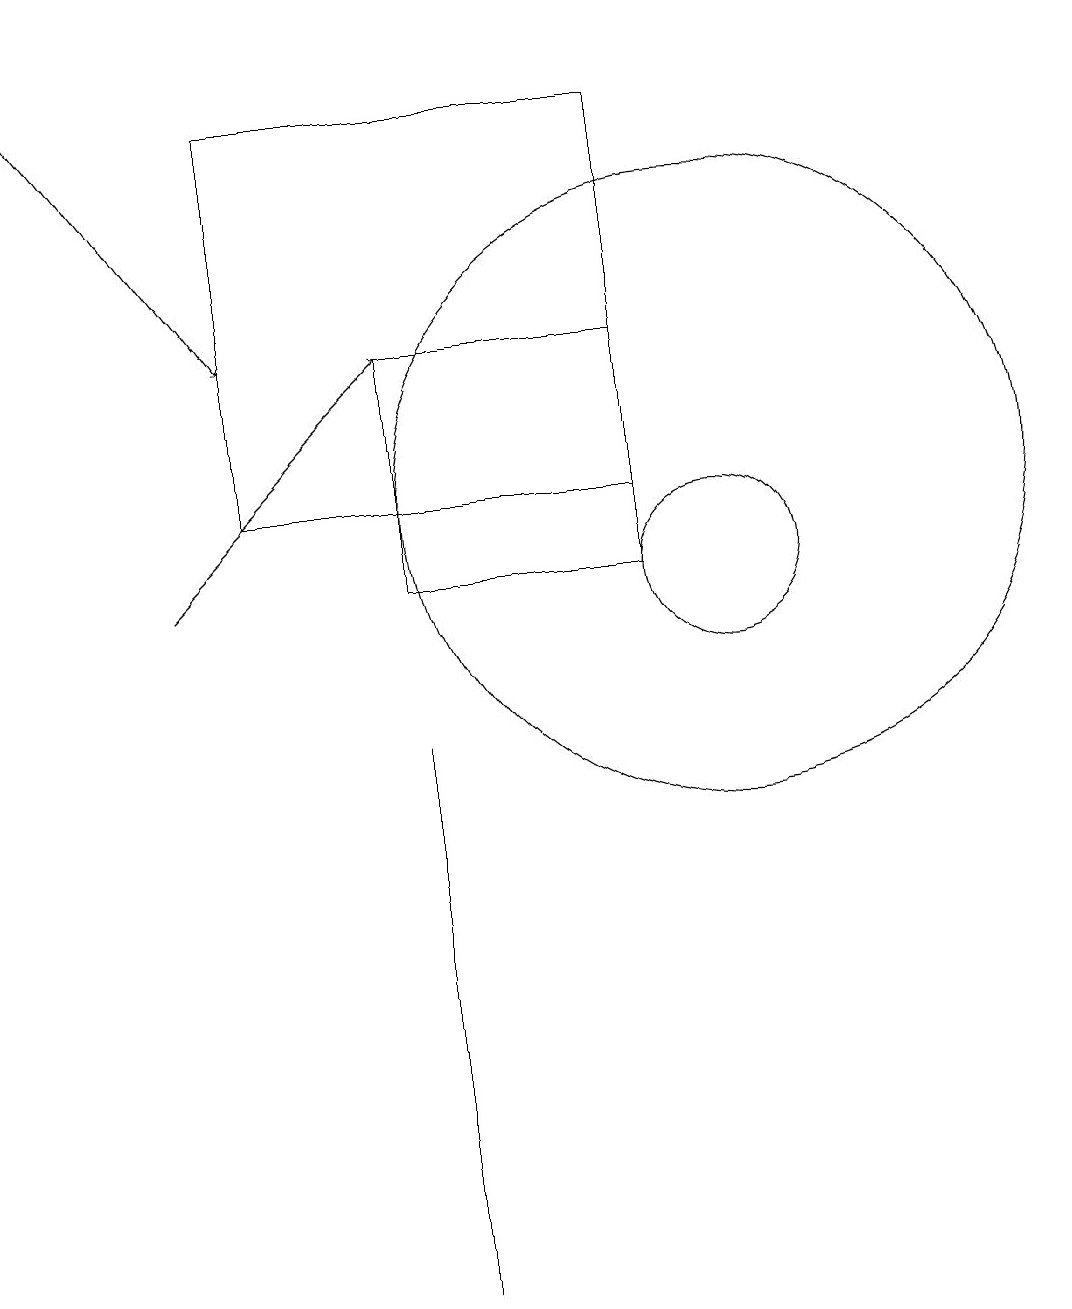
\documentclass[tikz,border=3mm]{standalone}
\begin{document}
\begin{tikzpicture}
\draw (10,10) circle (1);
\draw (6,1) -- (6,7) -- (6,8) -- cycle;
\draw (9,11) rectangle (4,16);
\draw (6,10) rectangle (9,13);
\draw[->] (3,10) -- (6,13);
\draw (10,11) circle (4);
\draw[->] (1,17) -- (4,13);
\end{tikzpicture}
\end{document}